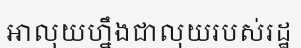
អាលុយហ្នឹងជាលុយរបស់រដ្ឋ